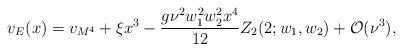
LaTeX: \begin{align*}v_{E}(x) = v_{M^{4}} + \xi x^{3} - \frac{g \nu ^{2} w_{1}^{2}w_{2}^{2} x^{4}}{12} Z_2(2;w_1,w_2) + {\cal O}(\nu ^{3}),\end{align*}